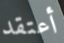
أعتقد